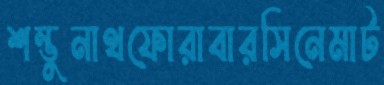
শম্ভুনাথফোরাবারসিনেমাট